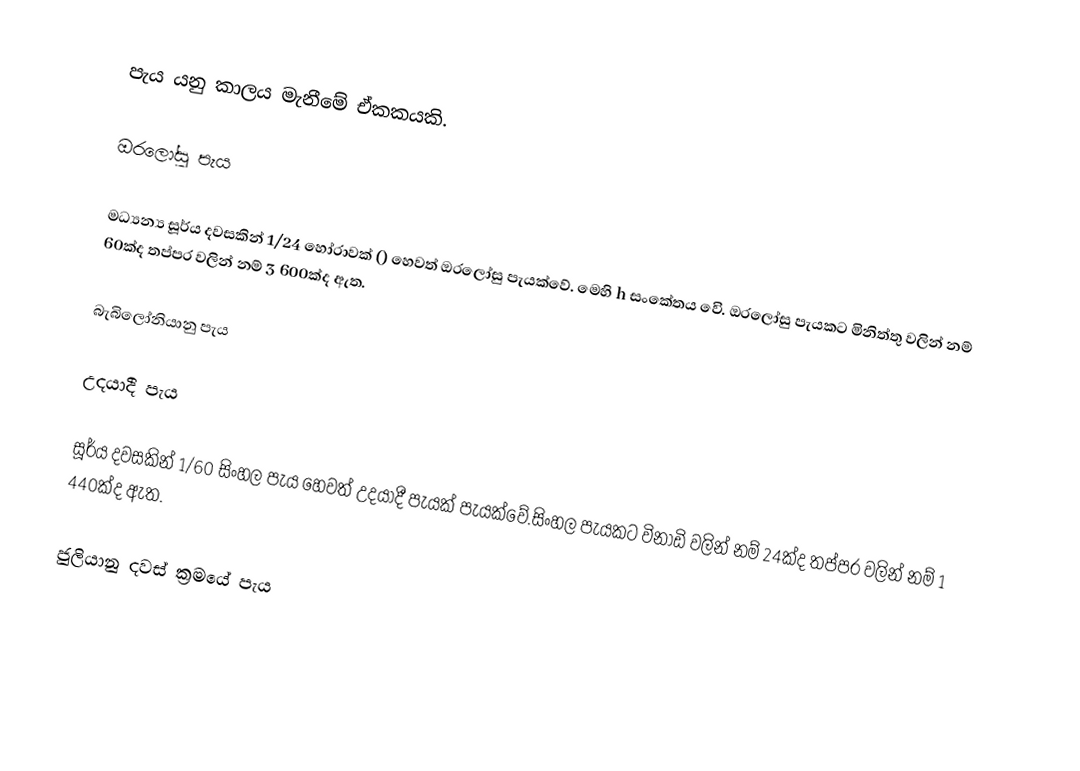
පැය යනු කාලය මැනීමේ ඒකකයකි.

ඔරලෝසු පැය

මධ්‍යන්‍ය සූර්ය දවසකින් 1/24 හෝරාවක් () හෙවත් ඔරලෝසු පැයක්වේ. මෙහි h සංකේතය වෙි. ඔරලෝසු පැයකට මිනිත්තු වලින් නම් 60ක්ද තප්පර වලින් නම් 3 600ක්ද ඇත.

බැබිලෝනියානු පැය

උදයාදී පැය

සූර්ය දවසකින් 1/60 සිංහල පැය හෙවත් උදයාදී පැයක් පැයක්වේ.සිංහල පැයකට විනාඩි වලින් නම් 24ක්ද තප්පර වලින් නම් 1 440ක්ද ඇත.

ජුලියානු දවස් ක්‍රමයේ පැය